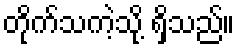
တိုက်သကဲ့သို့ ရှိသည်။